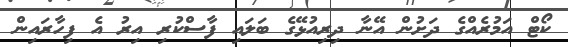
ކޯޓް އަމުރެއްގެ ދަށުން އޭނާ ދިރިއުޅޭގެ ބަލައި ފާސްކުރި އިރު އެ ފިހާރައިން